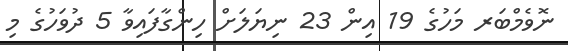
ނޮވެމްބަރ މަހުގެ 19 އިން 23 ނިޔަލަށް ހިންގާފައިވާ 5 ދުވަހުގެ މި